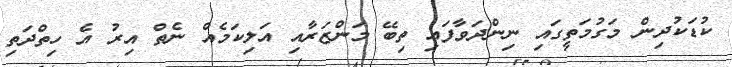
ކުޑަކުދިން މަގުމަތީގައި ނިންދަވާފައި ތިބޭ މަންޒަރާއި އަލިކަމެއް ނެތް އިރު އެ ހިތްދަތި